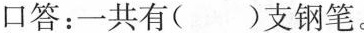
口答：一共有()支钢笔。